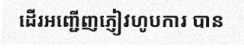
ដើរអញ្ជើញភ្ញៀវហូបការ បាន